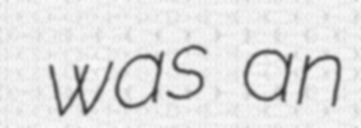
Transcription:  was an